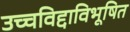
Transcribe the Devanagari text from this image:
उच्चविद्दाविभूषित